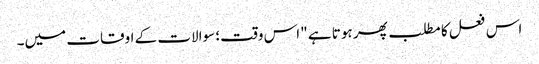
اس فعل کا مطلب پھر ہوتا ہے "اس وقت؛ سوالات کے اوقات میں۔